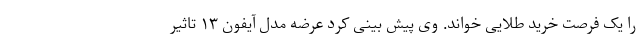
را یک فرصت خرید طلایی خواند. وی پیش بینی کرد عرضه مدل آیفون ۱۳ تاثیر